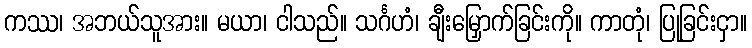
ကဿ၊ အဘယ်သူအား။ မယာ၊ ငါသည်။ သင်္ဂဟံ၊ ချီးမြှောက်ခြင်းကို။ ကာတုံ၊ ပြုခြင်းငှာ။